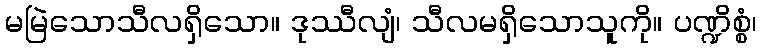
မမြဲသောသီလရှိသော။ ဒုဿီလျံ၊ သီလမရှိသောသူကို။ ပဏ္ဍိစ္စံ၊